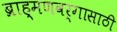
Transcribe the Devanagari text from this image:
ब्राह्मणवर्गासाठी